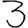
Digit: 3